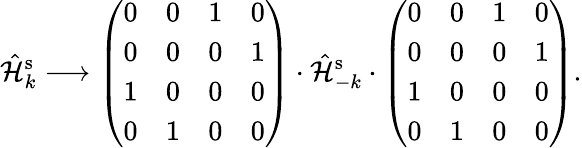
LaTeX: \hat{\mathcal{H}}_{k}^{\mathrm{s}}\longrightarrow\left(\begin{array}{llll}{0}&{0}&{1}&{0}\\ {0}&{0}&{0}&{1}\\ {1}&{0}&{0}&{0}\\ {0}&{1}&{0}&{0}\end{array}\right)\cdot\hat{\mathcal{H}}_{-k}^{\mathrm{s}}\cdot\left(\begin{array}{llll}{0}&{0}&{1}&{0}\\ {0}&{0}&{0}&{1}\\ {1}&{0}&{0}&{0}\\ {0}&{1}&{0}&{0}\end{array}\right)\mathrm{.}